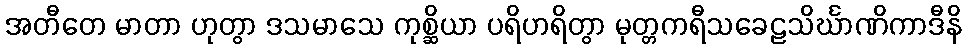
အတီတေ မာတာ ဟုတွာ ဒသမာသေ ကုစ္ဆိယာ ပရိဟရိတွာ မုတ္တကရီသခေဠသိင်္ဃာဏိကာဒီနိ